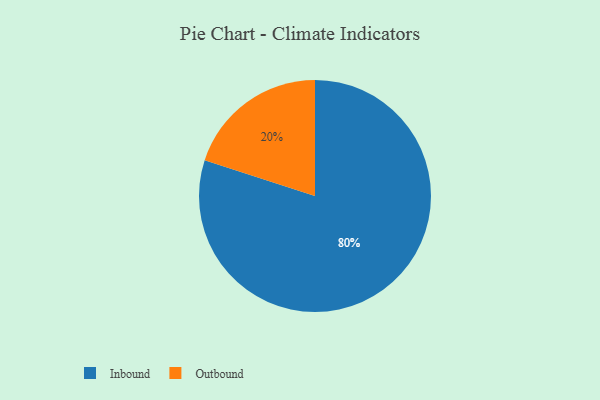
{"axis": {"x": "Category", "y": "Percentage"}, "legend": ["Inbound", "Outbound"], "data": [{"x": "Inbound", "y": 80, "type": "Inbound"}, {"x": "Outbound", "y": 20, "type": "Outbound"}]}